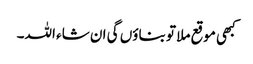
کبھی موقع ملا تو بناؤں گی ان شاء اللہ۔